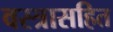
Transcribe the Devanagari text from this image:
वस्त्रासहित